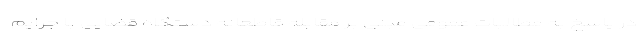
در پاسخ به مطالبات عمومی مبنی بر مقابله قاطعانه دستگاه قضایی با جرایم